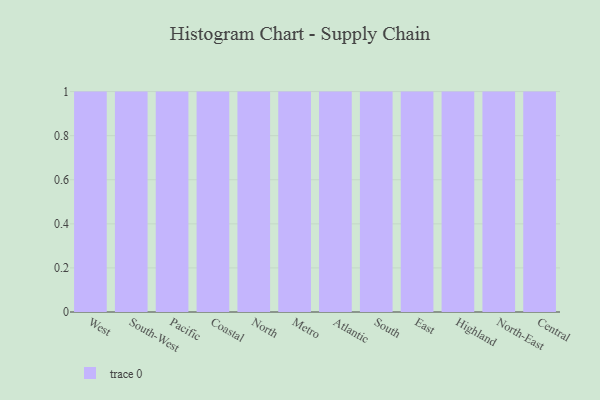
{"axis": {"x": "Region", "y": "Latency (ms)"}, "legend": [""], "data": [{"x": "West", "y": 84, "type": ""}, {"x": "South-West", "y": 66, "type": ""}, {"x": "Pacific", "y": 29, "type": ""}, {"x": "Coastal", "y": 57, "type": ""}, {"x": "North", "y": 22, "type": ""}, {"x": "Metro", "y": 80, "type": ""}, {"x": "Atlantic", "y": 40, "type": ""}, {"x": "South", "y": 25, "type": ""}, {"x": "East", "y": 74, "type": ""}, {"x": "Highland", "y": 39, "type": ""}, {"x": "North-East", "y": 80, "type": ""}, {"x": "Central", "y": 10, "type": ""}]}